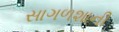
સાગળશાની